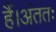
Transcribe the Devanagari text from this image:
हैं।अंततः